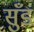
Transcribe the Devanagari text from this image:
सुँड